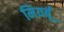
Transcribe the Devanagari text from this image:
मियर्बू